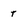
Character: t